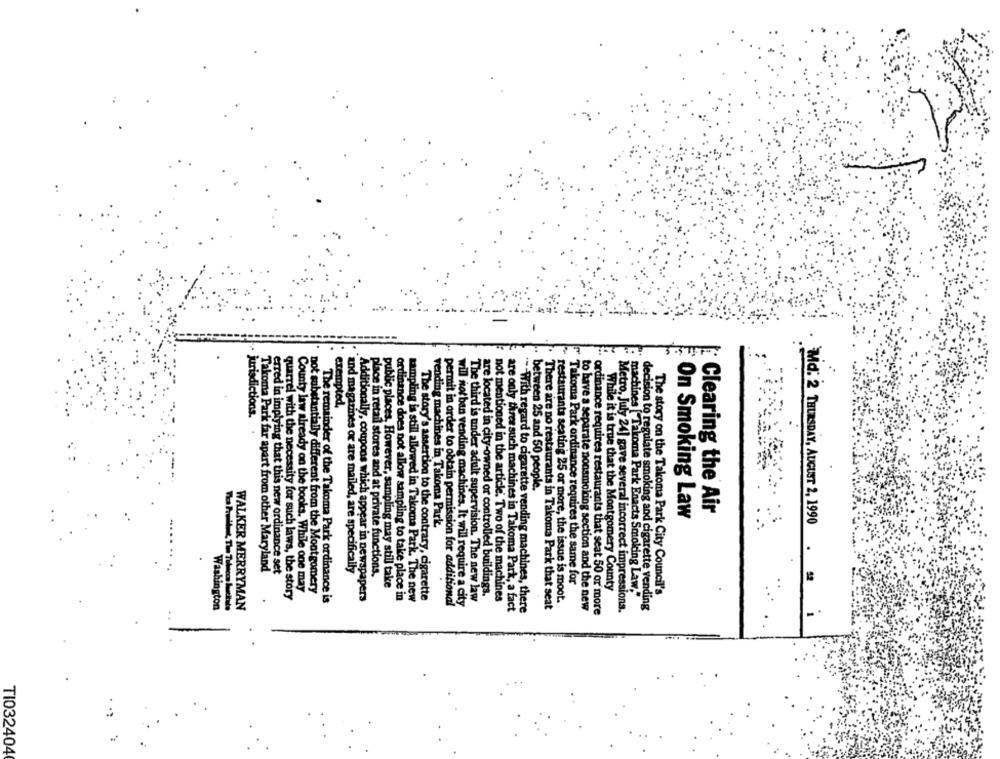
exempted,
. jurisdictions.
between 25 and 50 people.
Clearing the Air
On Smoking Law
vending machines in Takoma Park.
Md: 2 THURSDAY, AUGUST 2, 1990
Takoma Park far apart from other Maryland
and magazines or are mailed, are specifically
erred in implying that this new ordinance set
place in retail stores and at private functions.
Takoma Park ordinance requires the same for
County law already on the books. While one may
not substantially different from the Montgomery
public places, However, sampling may still take
are located in city-owned or controlled buildings.
While it is true that the Montgomery County
The story on the Takoma Park City Council's
quarrel with the necessity for such laws, the story
Additionally, coupons which appear in newspapers
ordinance does not allow sampling to take place in
sampling is still allowed in Takoma Park. The new
The story's assertion to the contrary, cigarette
The third is under adult supervision. The new law
not mentioned in the article. Two of the machines
restaurants seating 25 or more, the issue is moot.
machines [ Takoma Park Enacts Smoking Law."
Washington
WALKER MERRYMAN
The remainder of the Takoma Park ordinance is
permit in order to obtain permission for additional
will not ban vending machines. It will require a city
are only three such machines in Takoma Park, a fact
.- With regard to cigarette vending machines, there
There are no restaurants in Takoma Park that seat
to have a separate nonsmoking section and the new
Metro, July 24] gave several incorrect impressions.
decision to regulate smoking and cigarette vending
ordinance requires restaurants that seat 50 or more
.
-
TI032404